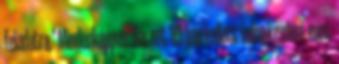
feladatra." Mindenképpen. Bár ezt '89-ben kellett volna kezdeni, mint